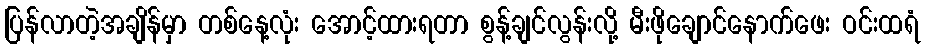
ပြန်လာတဲ့အချိန်မှာ တစ်နေ့လုံး အောင့်ထားရတာ စွန့်ချင်လွန်းလို့ မီးဖိုချောင်နောက်ဖေး ဝင်းထရံ